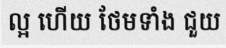
ល្អ ហើយ ថែមទាំង ជួយ